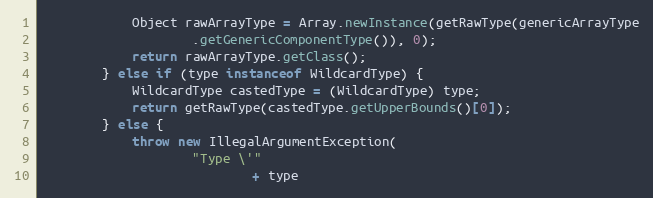
Language: Java
			Object rawArrayType = Array.newInstance(getRawType(genericArrayType
					.getGenericComponentType()), 0);
			return rawArrayType.getClass();
		} else if (type instanceof WildcardType) {
			WildcardType castedType = (WildcardType) type;
			return getRawType(castedType.getUpperBounds()[0]);
		} else {
			throw new IllegalArgumentException(
					"Type \'"
							+ type